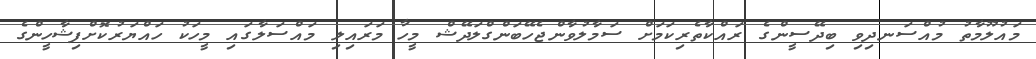
މައުލޫމާތު މުއްސަނދިވި ބިދޭސީންގެ ރައްކާތެރިކަމަށް ސަމާލުވާންޖެހޭބަންގްލަދޭޝް މީހާ މަރައިލި މައްސަލާގައި މީހަކު ހައްޔަރުކޮށްފިޝާހީންގެ